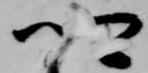
卿